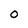
Character: O